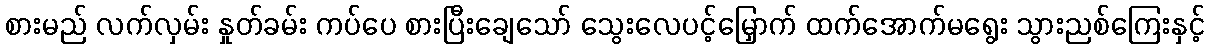
စားမည် လက်လှမ်း နှုတ်ခမ်း ကပ်ပေ စားပြီးချေသော် သွေးလေပင့်မြှောက် ထက်အောက်မရွေး သွားညစ်ကြေးနှင့်